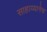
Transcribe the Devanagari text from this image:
साहाय्यानेच